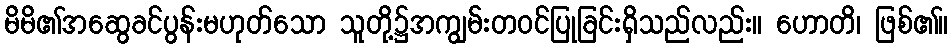
မိမိ၏အဆွေခင်ပွန်းမဟုတ်သော သူတို့၌အကျွမ်းတဝင်ပြုခြင်းရှိသည်လည်း။ ဟောတိ၊ ဖြစ်၏။